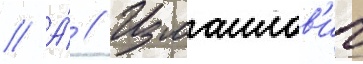
// А́ // Измаилов'ич